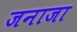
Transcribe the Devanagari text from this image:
जनाजा